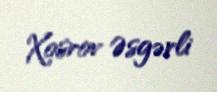
Xosrov Əsgərli